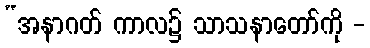
“အနာဂတ် ကာလ၌ သာသနာတော်ကို -